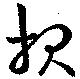
報